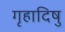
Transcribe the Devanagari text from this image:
गृहादिषु